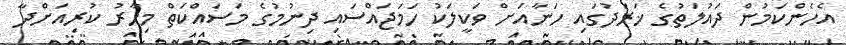
އެހެންކަމުން ދައުލަތުގެ ޚަރަދުގައި ހަނާއަށް ވަކީލަކު ހަމަޖައްސައި ދިނުމުގެ މަސައްކަތް މިހާރު ކުރިއަށްދާ